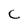
Character: C